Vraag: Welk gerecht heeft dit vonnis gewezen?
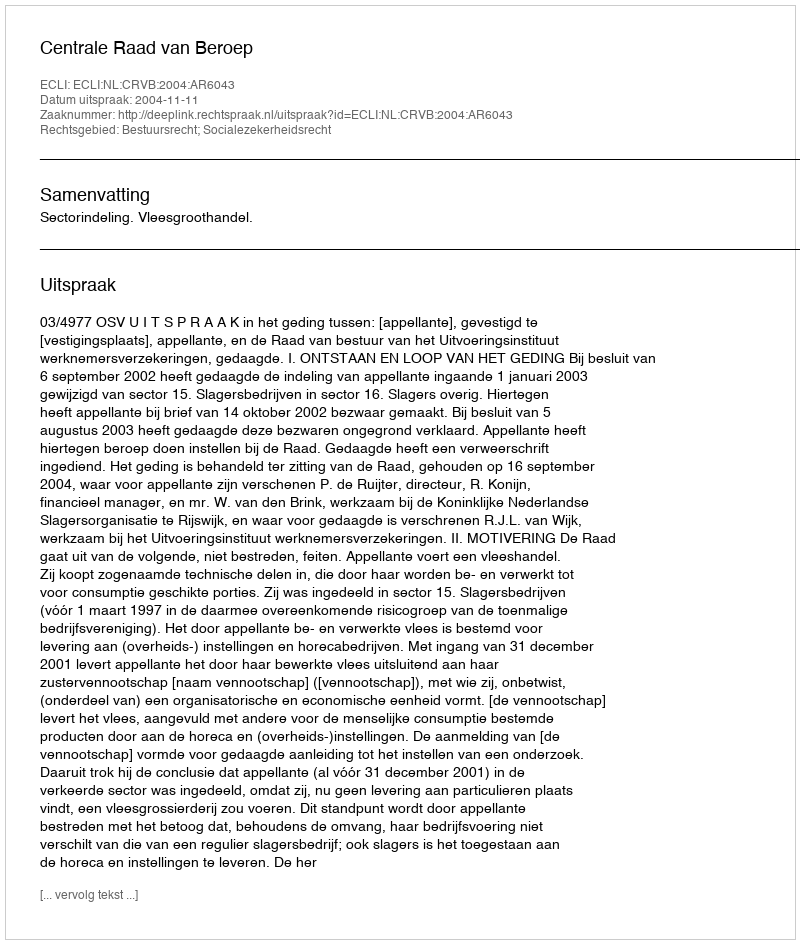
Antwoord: Centrale Raad van Beroep